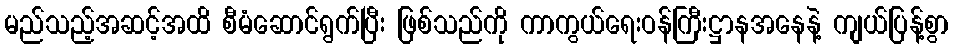
မည်သည့်အဆင့်အထိ စီမံဆောင်ရွက်ပြီး ဖြစ်သည်ကို ကာကွယ်ရေးဝန်ကြီးဋ္ဌာနအနေနဲ့ ကျယ်ပြန့်စွာ